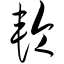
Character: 轮